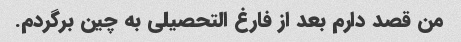
من قصد دارم بعد از فارغ التحصیلی به چین برگردم.